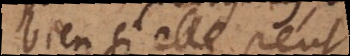
bien si elle peut